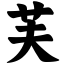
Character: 芙